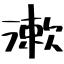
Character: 漱